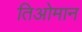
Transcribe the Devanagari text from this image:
तिओमान